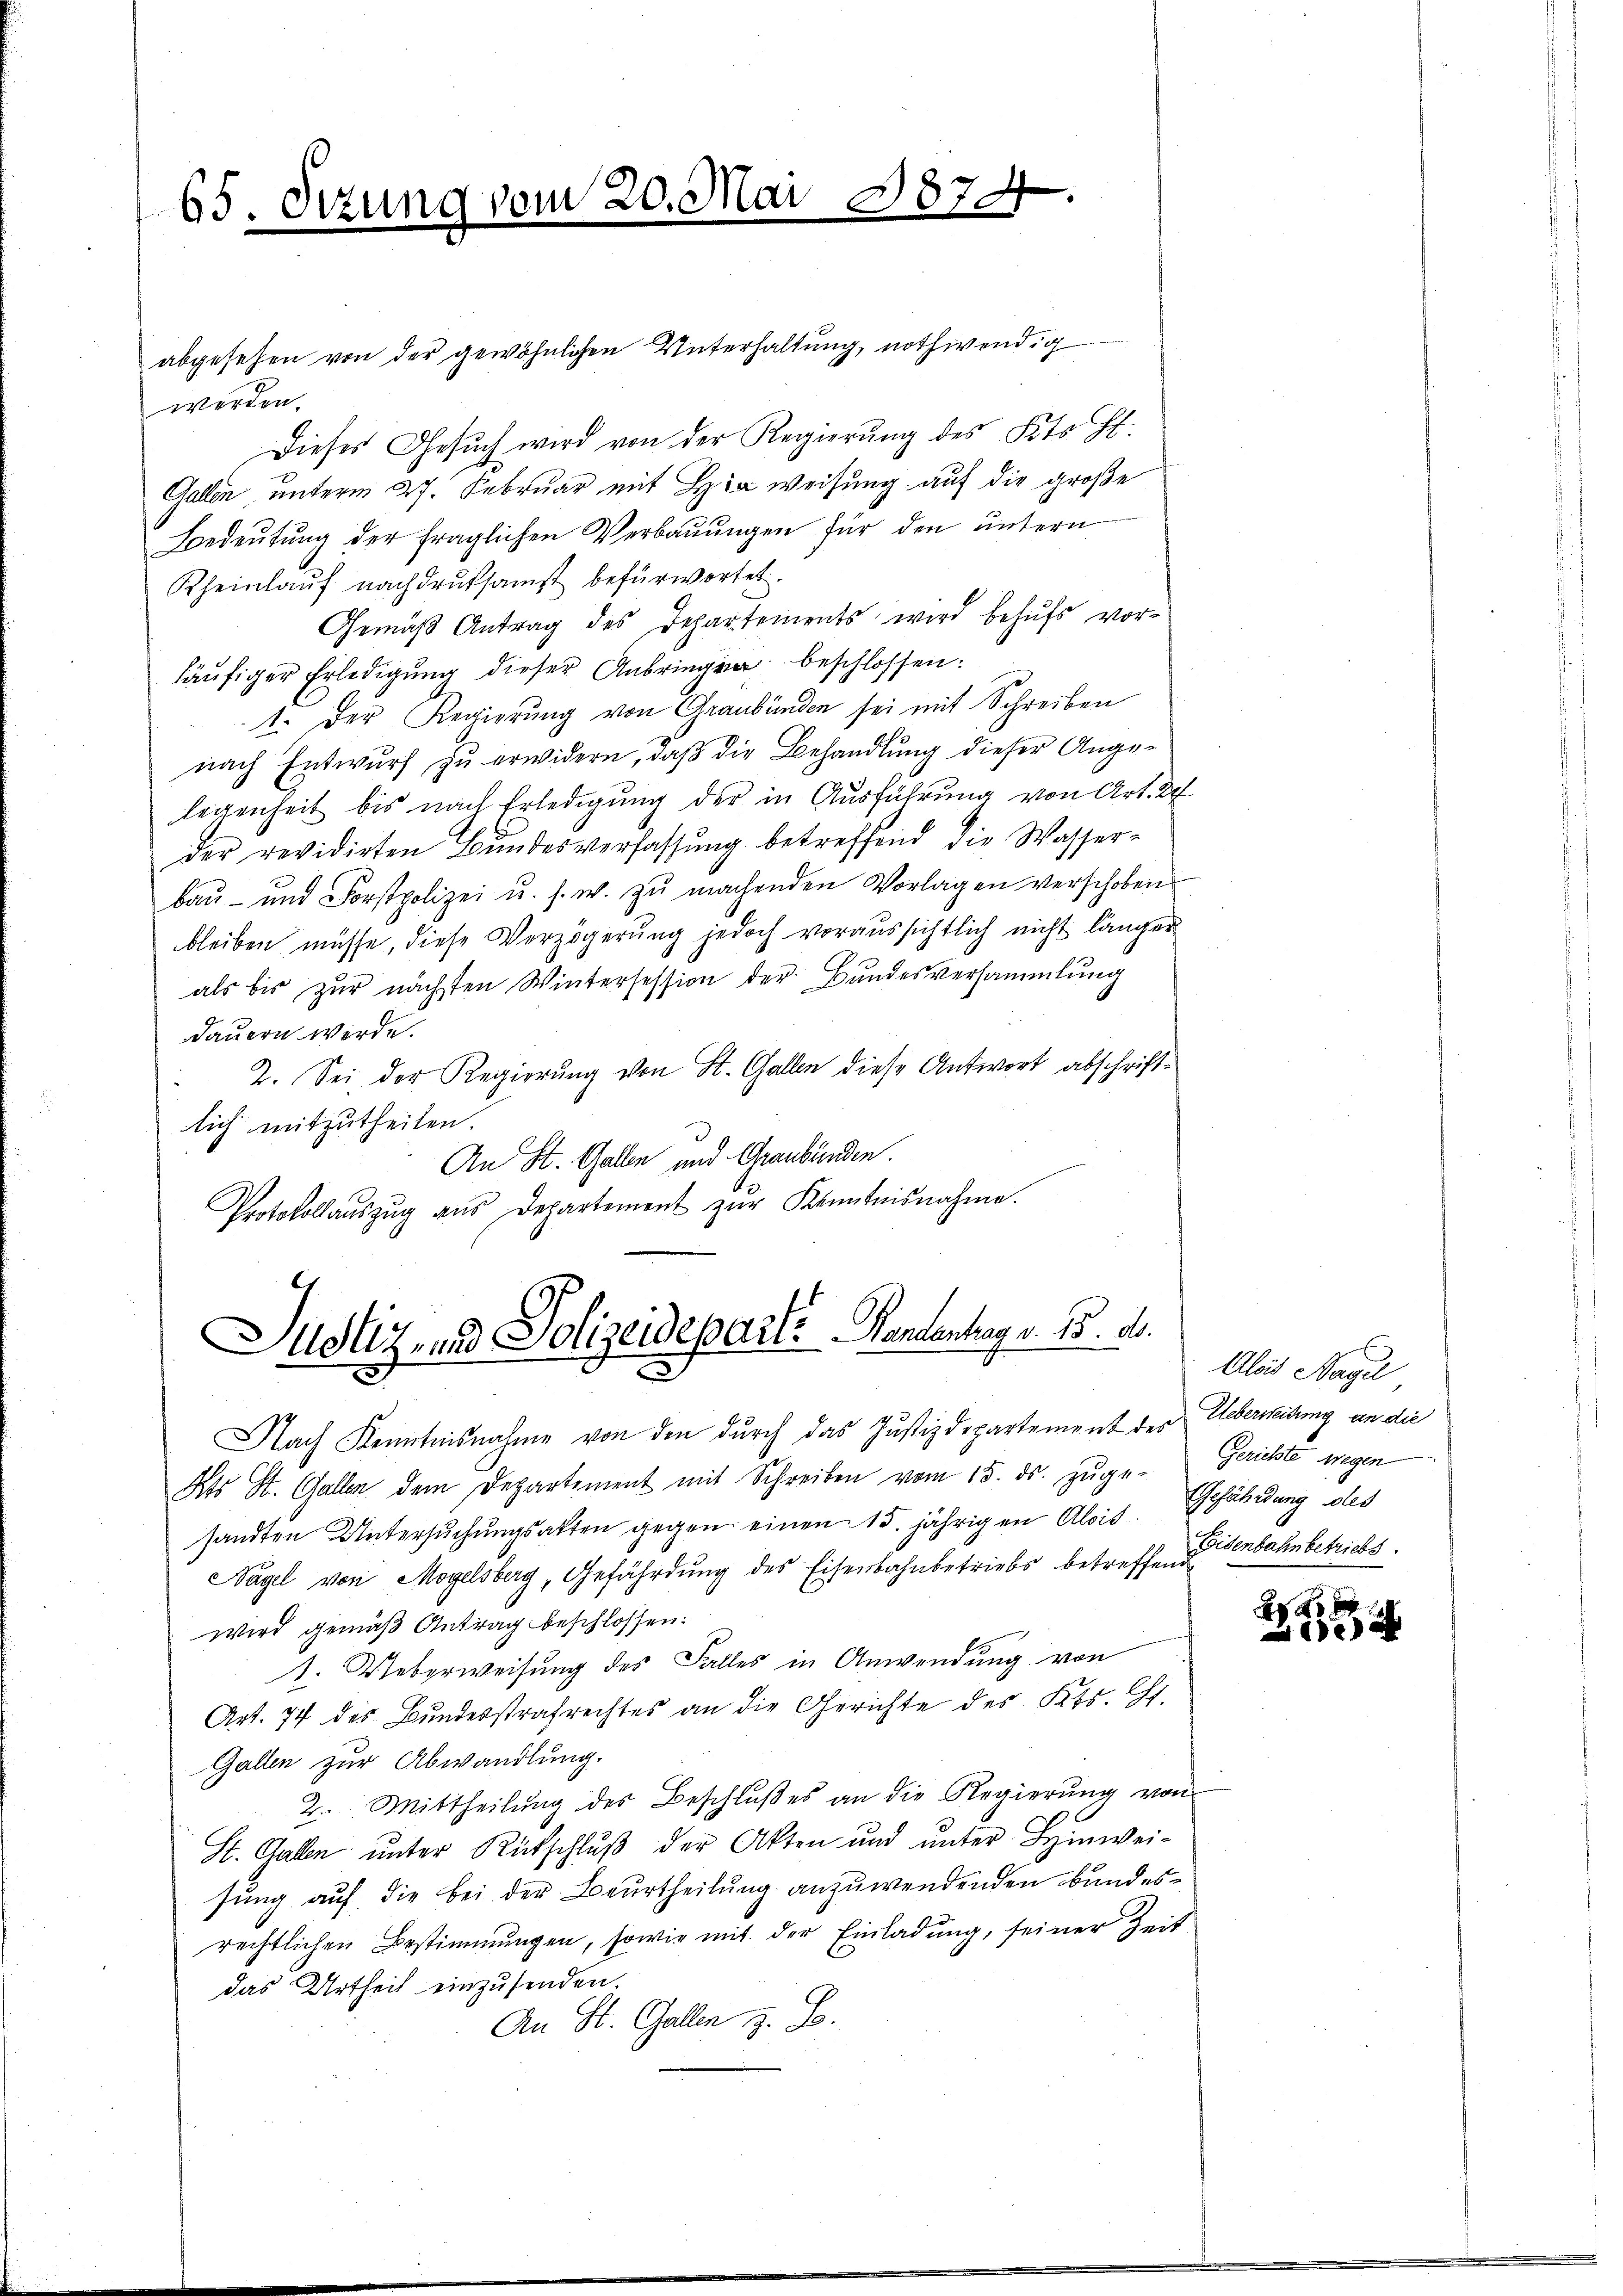
65. Sizung vom 20. Mai

abgesehen von der gewöhnlichen Unterhaltung, nothwendig
werden.
Dieses Gesŭch wird von der Regierŭng des Kts. H.
Gallen, unterm 27. Februar mit Hinweisung auf die große
Bedeŭtŭng der fraglichen Verbaŭŭngen für den ŭntern
Rheinlauf nachdruksamst befürwortet.
Gemäß Antrag des Departements wird behufs vorhäufiger Erledigung dieser Anbringen beschlossen:
1. Der Regierung von Graubünden sei mit Schreiben
nach Entwurf zu erwidern, daß die Behandlung dieser Angelegenheit bis nach Erledigung der in Ausführung von Art. 2
der revidirten Bŭndesverfassŭng betreffend die Wasser-
baŭ- und Forstpolizei u. s. w. zŭ machenden Vorlagen verschoben
bleiben müsse, diese Verzögerung jedoch voraussichtlich nicht länger
als bis zur nächsten Wintersession der Bundesversammlung
dauern werde.
2. Sei der Regierung von St. Gallen diese Antwort abschriftlich mitzutheilen.
An St. Gallen und Graubünden.
.
Protokollaŭszŭg aŭs Departement zŭr Kenntnisnahme.

d

Justiz und Polizeidepart. Handentrag v. 15. d.
2

Alois Nagel
Eisenbahn betriebe.

Nach Kenntnisnahme von den durch das Justizdepartement des Ueberweisung an die
Kts St. Gallen dem Departement mit Schreiben vom 15. ds. zŭge-Gerichte wegen
sandten Untersuchungsakten gegen einen 15. jährigen Alois Gefährdung des
Nagel von Mogelsberg, Gefährdŭng des Eisenbahnbetriebs betreffend
wird gemäß Antrag beschlossen:
1. Ueberweisung des Falles in Anwendung von
Art. 74 des Bundesstrafrechtes an die Gerichte des Kts. Gs.
Gallen zur Abwandlung.
2. Mittheilŭng des Beschlŭβ es an die Regierŭng von
St. Gallen unter Rutschluß der Akten und unter Lymweisung auf die bei der Beurtheilung anzuwendenden Bundesrechtlichen Bestimmungen, sowie mit der Einladung, seiner Zeit
das Urtheil einzusenden.
An St. Gallen z. B.

x
x